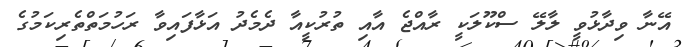
އޭނާ ވިދާޅުވީ ލާލޭ ސްކޫލަކީ ރާއްޖެ އާއި ތުރުކީއާ ދެމެދު އަޅާފައިވާ ރަހުމަތްތެރިކަމުގެ